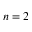
n = 2